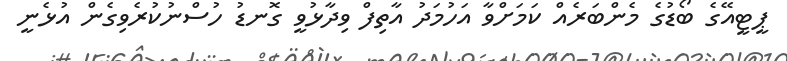
ޕީޓީއޭގެ ބޯޑުގެ މެންބަރެއް ކަމަށްވާ އަހުމަދު އާތިފް ވިދާޅުވީ ގޮނޑު ހުސްނުކުރެވިގެން އުޅެނީ